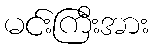
မင်းကြီးအား